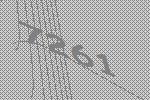
7261